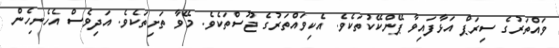
ވައްތަރުގެ ސިރަޕް އަޅާފައިވާ ޕޭންކޭކުތަކެވެ. އެކިވައްތަރުގެ ޖޫސްތަކެވެ. މޭވާ ތަށިތަކެވެ. އަދިވެސް އެހެނިހެން